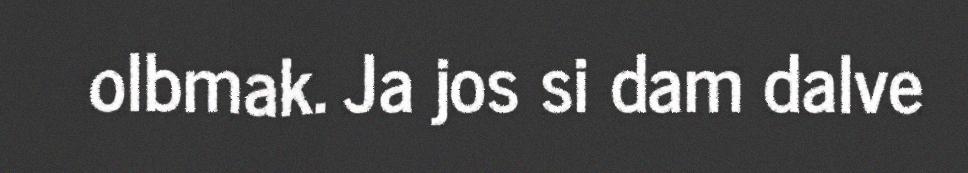
olbmak. Ja jos si dam dalve